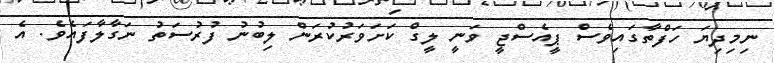
ނިމިދިޔަ ހަފްތާގައިވެސް ޕީއެސްޖީ ވަނީ ލީގް ކަށަވަރުކުރަން ލިބުނު ފުރުސަތު ނަގާލާފައެވެ. އެ